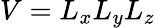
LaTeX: V=L_{x}L_{y}L_{z}